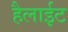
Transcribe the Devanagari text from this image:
हैलाईट